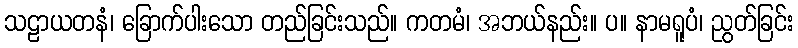
သဠာယတနံ၊ ခြောက်ပါးသော တည်ခြင်းသည်။ ကတမံ၊ အဘယ်နည်း။ ပ။ နာမရူပံ၊ ညွတ်ခြင်း